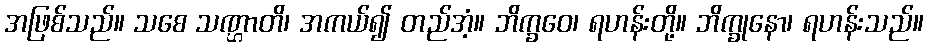
အဖြစ်သည်။ သစေ သဏ္ဌာတိ၊ အကယ်၍ တည်အံ့။ ဘိက္ခဝေ၊ ရဟန်းတို့။ ဘိက္ခုနော၊ ရဟန်းသည်။